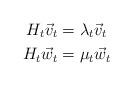
LaTeX: \begin{align*}H_t \vec{v}_t &= \lambda_t \vec{v}_t\\H_t \vec{w}_t &= \mu_t \vec{w}_t\end{align*}